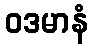
ဝဒမာနံ